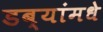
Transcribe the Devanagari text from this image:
डब्यांमधे